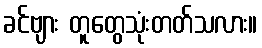
ခင်ဗျား တူတွေသုံးတတ်သလား။